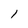
Character: l